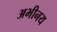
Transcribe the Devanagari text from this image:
अभीनय